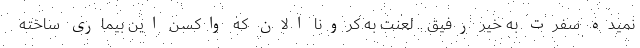
نمیده سفرت به خیر رفیق .. لعنت به کرونا الان که واکسن این بیماری ساخته